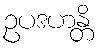
ဥပဒဟန္တိ